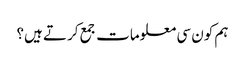
ہم کون سی معلومات جمع کرتے ہیں؟